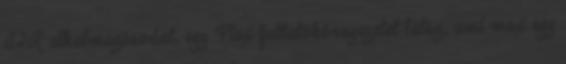
AIR alkalmazásodat, egy Flex futtatókörnyezetet látsz, ami max egy